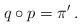
LaTeX: \begin{align*}q\circ p=\pi'\,.\end{align*}